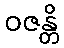
ဝဇန္တိ